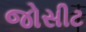
જોસીટ